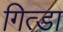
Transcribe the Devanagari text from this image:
गित्डा